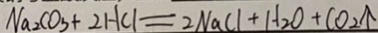
N a _ { 2 } C O _ { 3 } + 2 H C l = 2 N a C l + H _ { 2 } O + C O _ { 2 } \uparrow